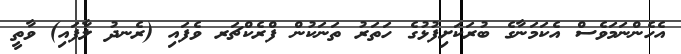
އެހެންނަމަވެސް އެކަމަނާގެ ބުރަކަށިފުޅުގެ ހަތަރު ތަނަކުން ފްރެކްޗަރ ވެފައި (ރެނދު ލާފައި) ވާތީ